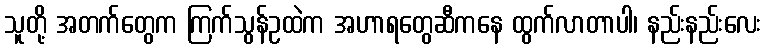
သူတို့ အတက်တွေက ကြက်သွန်ဥထဲက အဟာရတွေဆီကနေ ထွက်လာတာပါ၊ နည်းနည်းလေး